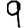
Digit: 9